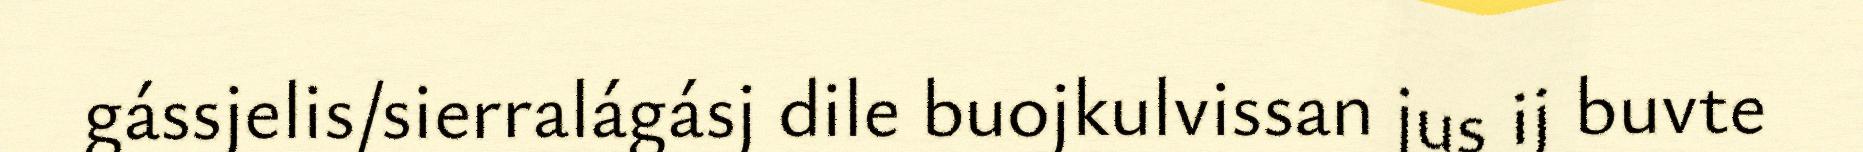
gássjelis/sierralágásj dile buojkulvissan jus ij buvte